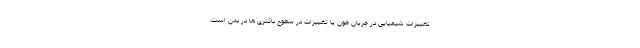
تغییرات شیمیایی در جریان خون یا تغییرات در سطوح باکتری ها در بدن است.